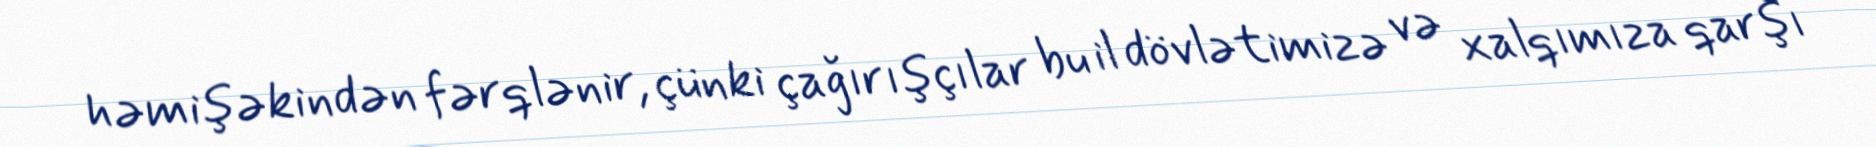
həmişəkindən fərqlənir, çünki çağırışçılar bu il dövlətimizə və xalqımıza qarşı